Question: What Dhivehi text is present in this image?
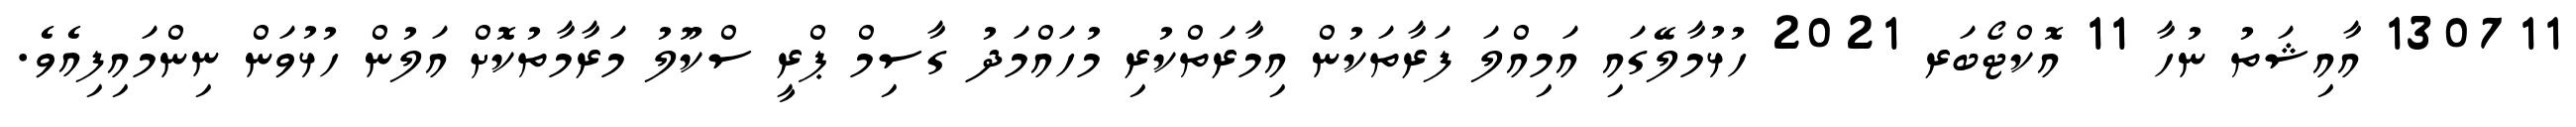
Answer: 130711 އާއިޝަތު ނުހާ 11 އޮކްޓޯބަރ 2021 ހުޅުމާލޭގައި އަމިއްލަ ފަރާތަކުން އިމާރަތްކުރި މުހައްމަދު ގާސިމް ޕްރީ ސްކޫލު މަރާމާތުކޮށް އަލުން ހުޅުވަން ނިންމައިފިއެވެ.